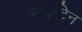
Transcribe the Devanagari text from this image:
कॉइंट्रिन